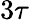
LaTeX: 3\tau